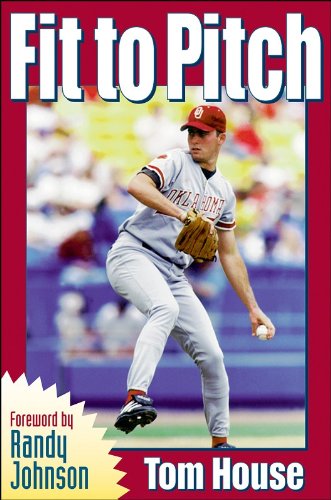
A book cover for Fit to Pitch; Tom House; Sports & Outdoors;